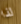
لذا